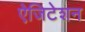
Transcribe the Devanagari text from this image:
ऐजिटेशन